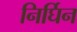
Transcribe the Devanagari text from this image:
निर्घिन